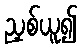
ညှစ်ယူ၍